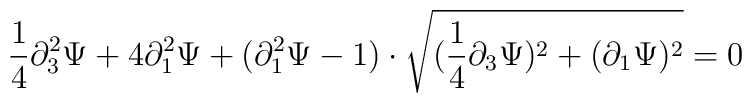
\frac{1}{4} \partial ^2 _3 \Psi+4\partial^2 _1\Psi +(\partial ^2_1\Psi -1)\cdot\sqrt{(\frac{1}{4}\partial _3 \Psi )^2+(\partial_1 \Psi)^2}=0